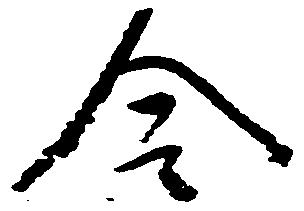
令